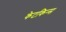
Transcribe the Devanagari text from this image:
केटकिन्स